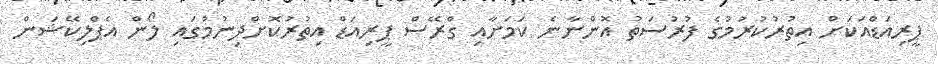
ޕީރިއަޑްއަކަށް އިތުރުކުރުމުގެ ފުރުސަތު އޮންނާނެ ކަމަށާއި ގްރޭސް ޕީރިއަޑް އިތުރުކޮށްދިނުމުގައި ލޯން އެޕްލިކޭޝަން